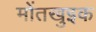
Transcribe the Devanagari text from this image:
मोंतखुइक